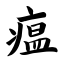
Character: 瘟